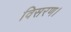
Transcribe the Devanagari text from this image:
विसरण।